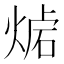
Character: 𤋛